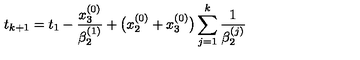
t _ { k + 1 } = t _ { 1 } - \frac { x _ { 3 } ^ { ( 0 ) } } { \beta _ { 2 } ^ { ( 1 ) } } + \bigl ( x _ { 2 } ^ { ( 0 ) } + x _ { 3 } ^ { ( 0 ) } \bigr ) \sum _ { j = 1 } ^ { k } \frac { 1 } { \beta _ { 2 } ^ { ( j ) } }